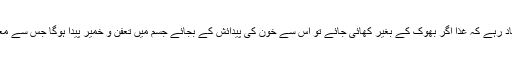
اس کے ساتھ یہ بات بھی یاد رہے کہ غذا اگر بھوک کے بغیر کھائی جائے تو اس سے خون کی پیدائش کے بجائے جسم میں تعفن و خمیر پیدا ہوگا جس سے معدی عوارض جنم لیتے ہیں۔